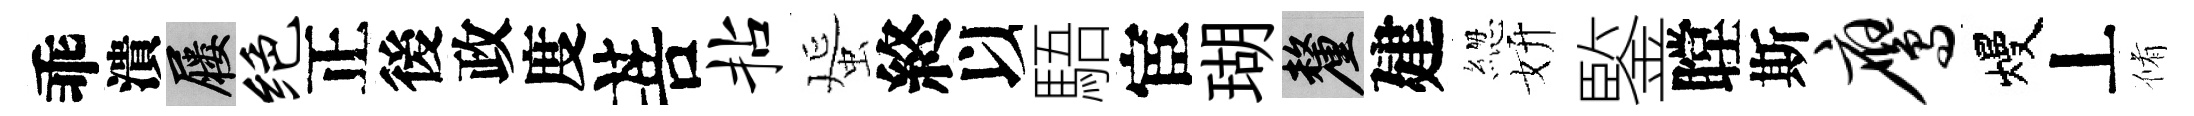
乖潰屨绝正後政度菩拈蜑終以䮏宦瑚厘建緫妍鍳瞠斯鹰熳丄脩